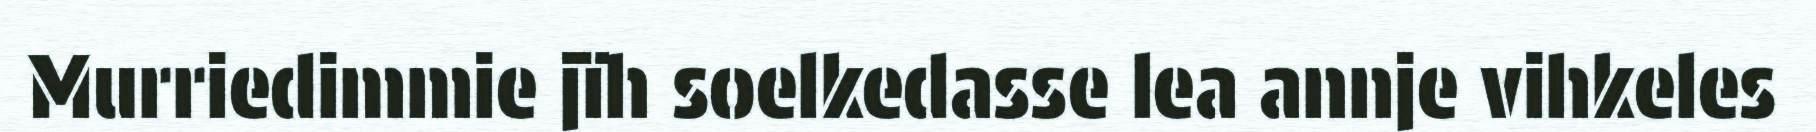
Murriedimmie jïh soelkedasse lea annje vihkeles